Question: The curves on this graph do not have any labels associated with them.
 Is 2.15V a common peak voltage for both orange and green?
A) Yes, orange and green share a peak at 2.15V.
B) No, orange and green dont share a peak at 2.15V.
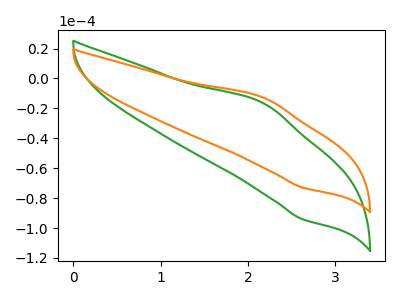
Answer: <think>The green curve "green" has an anodic peak at (2.20V, -16.65uA) and a cathodic peak at (2.60V, -93.95uA). The orange curve "orange" has an anodic peak at (2.20V, -12.90uA) and a cathodic peak at (2.60V, -72.80uA).</think>
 <answer>B) No, "orange" and "green" dont share a peak at 2.15V.</answer>
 <eval>B</eval>